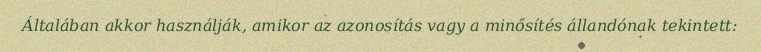
Általában akkor használják, amikor az azonosítás vagy a minősítés állandónak tekintett: